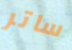
ساتر